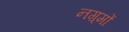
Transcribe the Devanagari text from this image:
नग़्मों